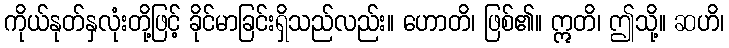
ကိုယ်နုတ်နှလုံးတို့ဖြင့် ခိုင်မာခြင်းရှိသည်လည်း။ ဟောတိ၊ ဖြစ်၏။ ဣတိ၊ ဤသို့။ ဆဟိ၊